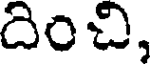
దించి,